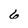
Character: 6